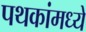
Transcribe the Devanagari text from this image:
पथकांमध्ये